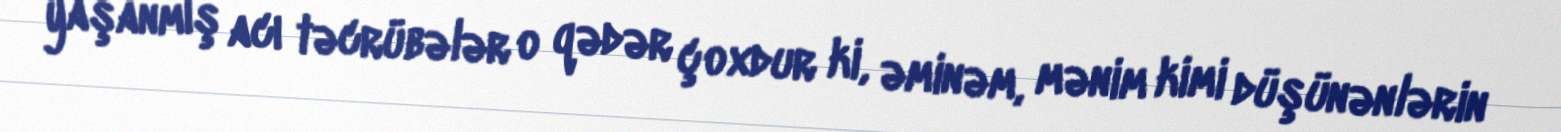
yaşanmış acı təcrübələr o qədər çoxdur ki, əminəm, mənim kimi düşünənlərin